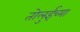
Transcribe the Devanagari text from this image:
तोलुईच्या